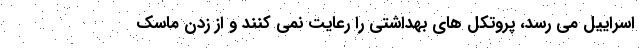
اسراییل می رسد، پروتکل های بهداشتی را رعایت نمی کنند و از زدن ماسک